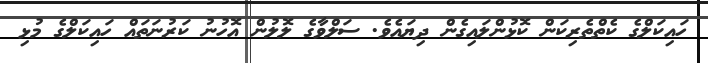
ހައިކަލްގެ ކެތްތެރިކަން ކޮޅުންލައިގެން ދިޔައެވެ. ސަލްވާގެ ލޮލުން އޮހުނު ކަރުނަތައް ހައިކަލްގެ މުޅި